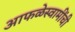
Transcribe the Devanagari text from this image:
आफळेस्वामींची